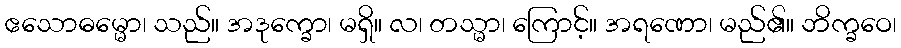
ဧသောဓမ္မော၊ သည်။ အဒုက္ခော၊ မရှိ။ လ၊ တသ္မာ၊ ကြောင့်။ အရဏော၊ မည်၏။ ဘိက္ခဝေ၊